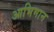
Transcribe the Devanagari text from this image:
आभिमान